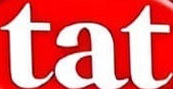
tat